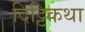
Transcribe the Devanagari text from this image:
दिट्टिकथा